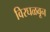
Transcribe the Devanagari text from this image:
विरघळवून